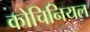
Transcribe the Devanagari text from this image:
कोचिनियल